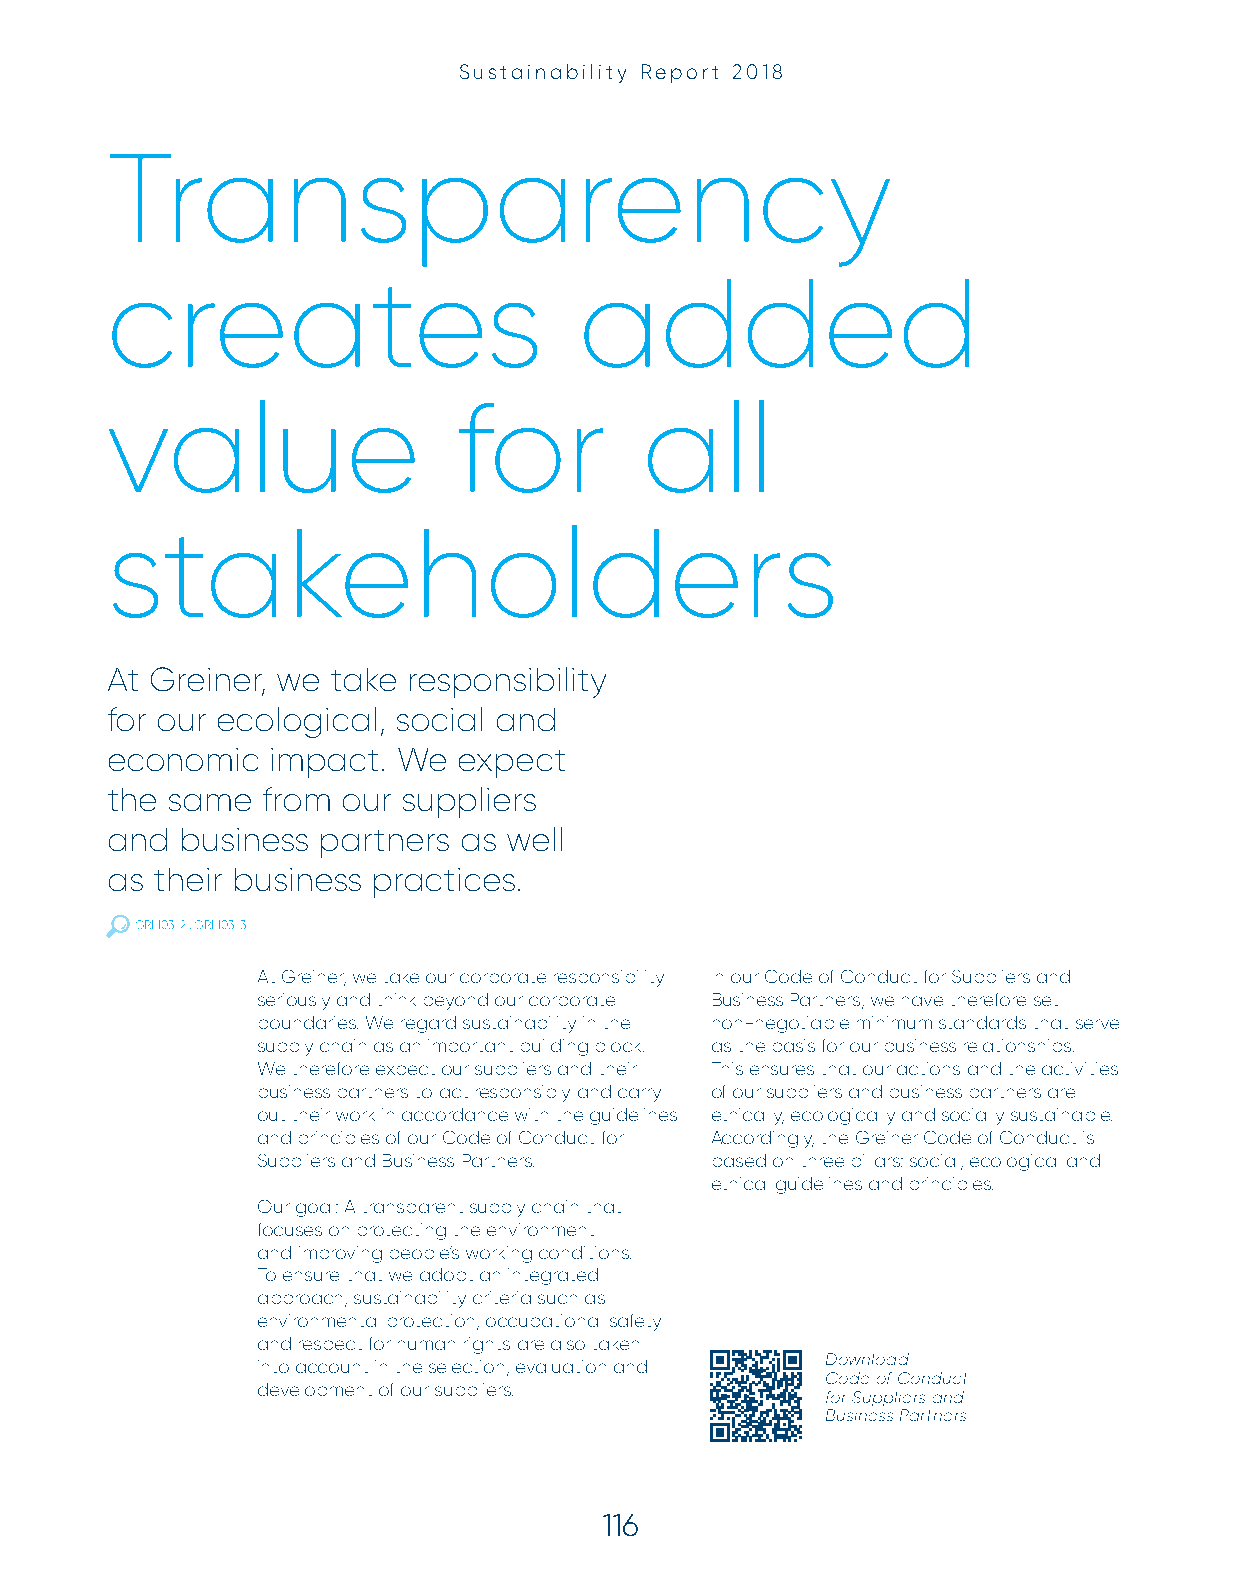
Sustainability Report 2018
 Transparency
 creates                        added
 value                  for         all
 stakeholders
 At Greiner, we take responsibility
 for our ecological, social and
 economic   impact. We  expect
 the same  from  our suppliers
 and  business partners as  well
 as their business practices.
 GRI 103-2:, GRI 103-3
 At Greiner, we take our corporate responsibility In our Code of Conduct for Suppliers and
 seriously and think beyond our corporate Business Partners, we have therefore set
 boundaries. We regard sustainability in the non-negotiable minimum standards that serve
 supply chain as an important building block. as the basis for our business relationships.
 We therefore expect our suppliers and their This ensures that our actions and the activities
 business partners to act responsibly and carry of our suppliers and business partners are
 out their work in accordance with the guidelines ethically, ecologically and socially sustainable.
 and principles of our Code of Conduct for Accordingly, the Greiner Code of Conduct is
 Suppliers and Business Partners. based on three pillars: social, ecological and
 ethical guidelines and principles.
 Our goal: A transparent supply chain that
 focuses on protecting the environment
 and improving people’s working conditions.
 To ensure that we adopt an integrated
 approach, sustainability criteria such as
 environmental protection, occupational safety
 and respect for human rights are also taken
 Download
 into account in the selection, evaluation and
 Code of Conduct
 development of our suppliers.
 for Suppliers and
 Business Partners
 116